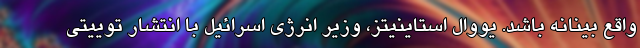
واقع بینانه باشد. یووال استاینیتز، وزیر انرژی اسرائیل با انتشار توییتی